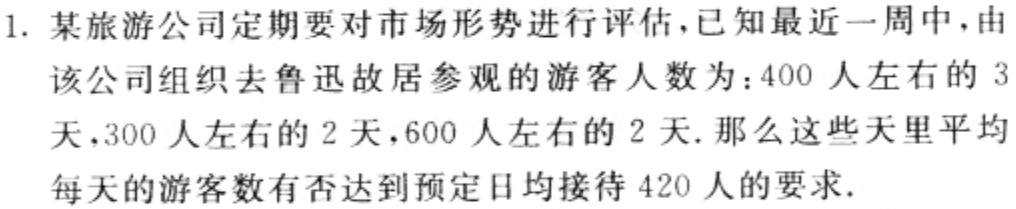
1. 某旅游公司定期要对市场形势进行评估，已知最近一周中，由

该公司组织去鲁迅故居参观的游客人数为：400 人左右的 3

天，300 人左右的 2 天，600 人左右的 2 天. 那么这些天里平均

每天的游客数有否达到预定日均接待 420 人的要求.